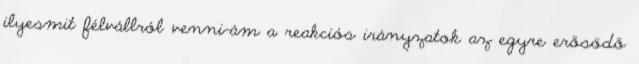
ilyesmit félvállról venni-ám a reakciós irányzatok az egyre erősödő